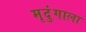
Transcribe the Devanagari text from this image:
मृदुंगाला